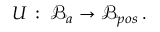
U \, : \; \mathcal { B } _ { a } \rightarrow \mathcal { B } _ { p o s } \, .